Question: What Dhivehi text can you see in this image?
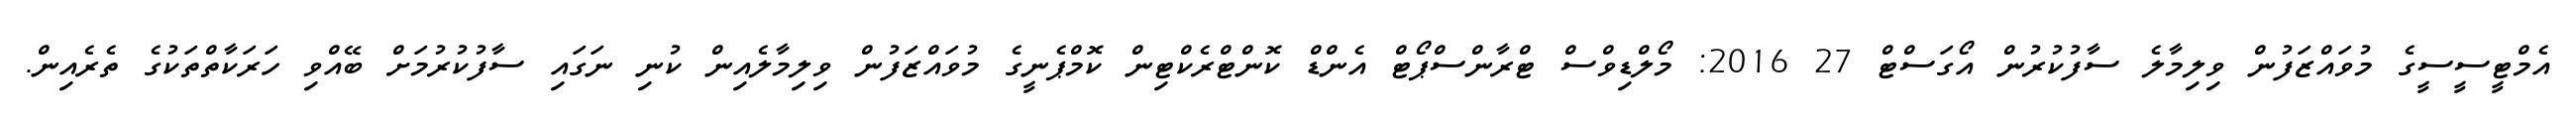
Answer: އެމްޓީސީސީގެ މުވައްޒަފުން ވިލިމާލެ ސާފުކުރުން އޯގަސްޓް 27 2016: މޯލްޑިވްސް ޓްރާންސްޕޯޓް އެންޑް ކޮންޓްރެކްޓިން ކޮމްޕެނީގެ މުވައްޒަފުން ވިލިމާލެއިން ކުނި ނަގައި ސާފުކުރުމަށް ބޭއްވި ހަރަކާތްތަކުގެ ތެރެއިން.